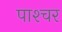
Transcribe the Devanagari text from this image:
पाश्‍चर